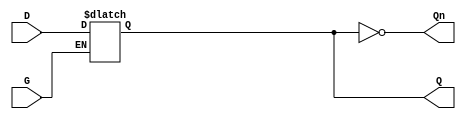
module GatedLatch (
    input wire D,      // Data input
    input wire G,      // Enable signal
    output reg Q,      // Output
    output wire Qn     // Complement of the output
);

// Complement of the output
assign Qn = ~Q;

// Always block to implement level-sensitive behavior
always @(*) begin
    if (G) begin
        Q = D;  // When G is high, Q follows D
    end
    // If G is low, Q retains its previous value (hold state)
    // This is implicit since Q is a reg type and will hold its value
end

endmodule